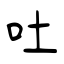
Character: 吐